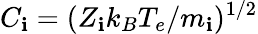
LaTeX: C_{\mathbf{i}}=(Z_{\mathbf{i}}k_{B}T_{e}/m_{\mathbf{i}})^{1/2}